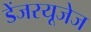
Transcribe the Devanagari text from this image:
डेंजरयूजेज